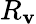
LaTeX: R_{\mathbf{v}}